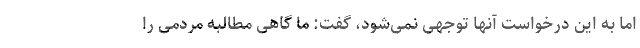
اما به این درخواست آنها توجهی نمی‌شود، گفت: ما گاهی مطالبه مردمی را